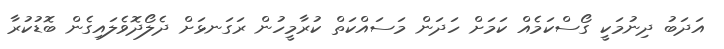
އަދަބު ދިނުމަކީ ގޯސްކަމެއް ކަމަށް ހަަދަން މަސައްކަތް ކުރާމީހުން ރަގަނޅަށް ދެލޯދޮވެލައިގެން ބޮޑުކުރާ